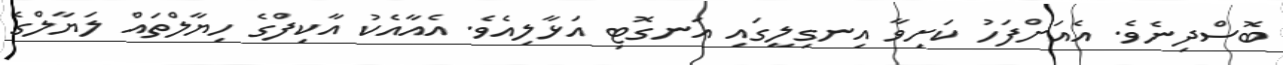
ބޮސްދިނެވެ. އެއަށްފަހު ކަށިވާ އިނގިލީގައި އަނގޮޓި އަޅާލިއެވެ. އެއާއެކު އާކިފްގެ ހިޔާލްތައް ލަޔާލްގެ